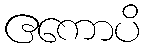
ဧကောပိ